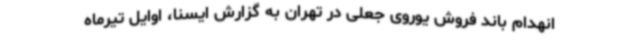
انهدام باند فروش یوروی جعلی در تهران به گزارش ایسنا، اوایل تیرماه